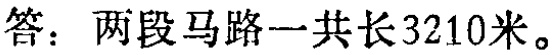
答：两段马路一共长3210米。